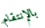
بالإنتقام